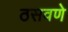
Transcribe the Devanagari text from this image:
ठसवणे